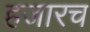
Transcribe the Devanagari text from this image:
हजारच